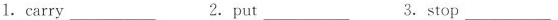
1.carry___ 2. put___ 3_. stop___